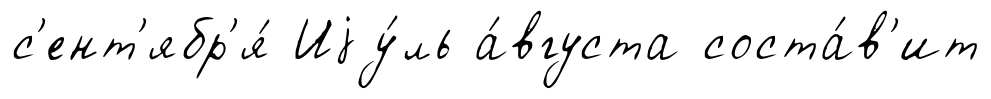
с'ент'ябр'я́ Иjу́ль а́вгуста соста́в'ит